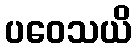
ပဝေသယိ